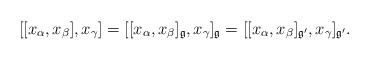
\begin{align*} [[x_\alpha,x_\beta],x_\gamma]=[[x_\alpha,x_\beta]_{\frak g},x_\gamma]_{\frak g} =[[x_\alpha,x_\beta]_{\frak g'},x_\gamma]_{\frak g'}. \end{align*}